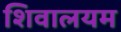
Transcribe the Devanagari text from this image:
शिवालयम